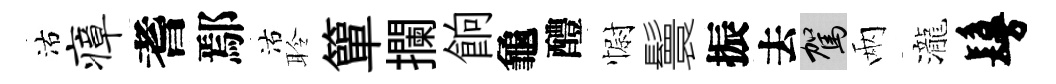
沽瘴耆鄢沽聆簞攔餉龜醴𢠢鬟振去駕兩瀧鬘